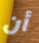
أن